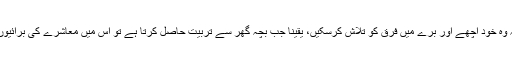
انہوں نے کہا کہ پہلا کام والدین کا ہے کہ وہ اپنے بچوں کو اس حوالے سے تعلیم دیں تاکہ وہ خود اچھے اور بُرے میں فرق کو تلاش کرسکیں، یقیناً جب بچہ گھر سے تربیت حاصل کرتا ہے تو اس میں معاشرے کی بُرائیوں کا سامنا کرنے کی صلاحتیں پیدا ہونا شروع ہوجاتی ہیں، لہذا یہ کام بہت ضروری ہے’۔